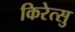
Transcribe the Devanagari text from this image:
किरेत्सु